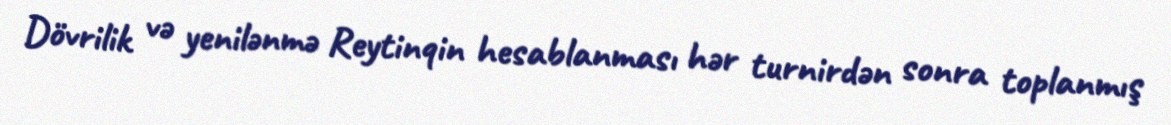
Dövrilik və yenilənmə Reytinqin hesablanması hər turnirdən sonra toplanmış